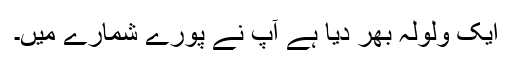
ایک ولولہ بھر دیا ہے آپ نے پورے شمارے میں۔